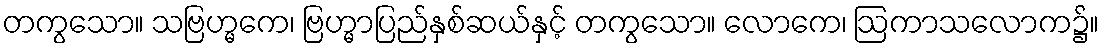
တကွသော။ သဗြဟ္မကေ၊ ဗြဟ္မာပြည်နှစ်ဆယ်နှင့် တကွသော။ လောကေ၊ ဩကာသလောက၌။